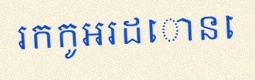
រកកូអរដោនេ